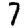
Digit: 7